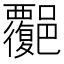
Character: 𧠅